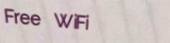
Free WiFi